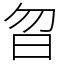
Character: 㫚